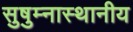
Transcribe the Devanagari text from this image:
सुषुम्नास्थानीय